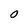
Character: O